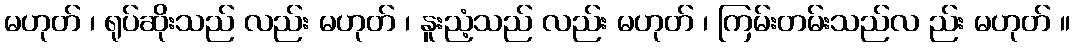
မဟုတ် ၊ ရုပ်ဆိုးသည် လည်း မဟုတ် ၊ နူးညံ့သည် လည်း မဟုတ် ၊ ကြမ်းတမ်းသည်လ ည်း မဟုတ် ။